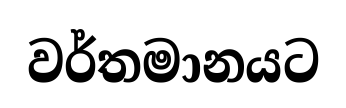
වර්තමානයට